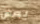
يعض